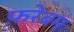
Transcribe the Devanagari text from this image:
फ़रेबम